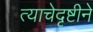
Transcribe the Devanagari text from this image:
त्याचेदृष्टीने